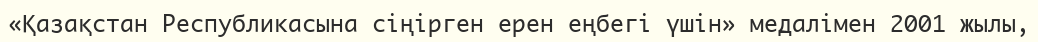
«Қазақстан Республикасына сіңірген ерен еңбегі үшін» медалімен 2001 жылы,